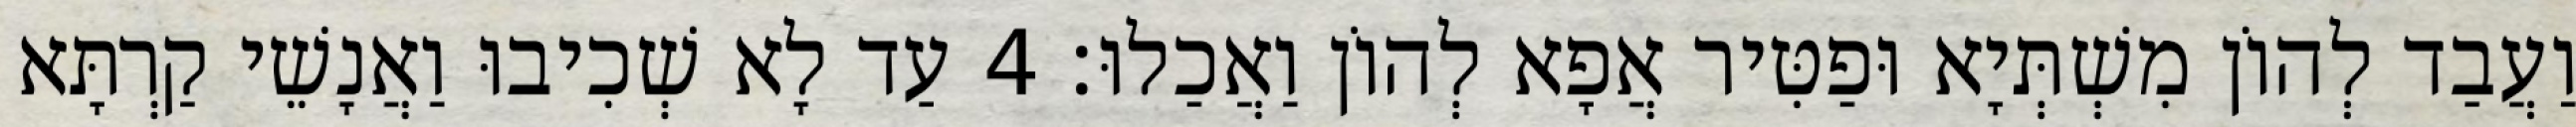
וַעֲבַד לְהוֹן מִשְׁתְּיָא וּפַטִּיר אֲפָא לְהוֹן וַאֲכַלוּ׃ 4 עַד לָא שְׁכִיבוּ וַאֲנָשֵׁי קַרְתָּא